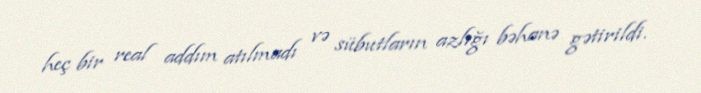
heç bir real addım atılmadı və sübutların azlığı bəhanə gətirildi.